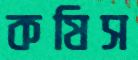
কষিস